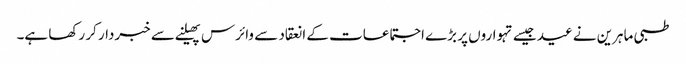
طبی ماہرین نے عید جیسے تہواروں پر بڑے اجتماعات کے انعقاد سے وائرس پھیلنے سے خبردار کر رکھا ہے۔